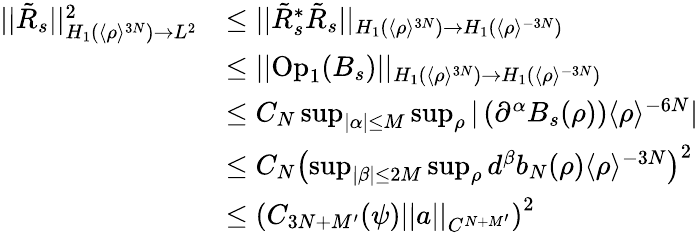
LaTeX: \begin{array}{rl}{||\tilde{R}_{s}||_{H_{1}(\langle\rho\rangle^{3N})\to L^{2}}^{2}}&{\leq||\tilde{R}_{s}^{*}\tilde{R}_{s}||_{H_{1}\left(\langle\rho\rangle^{3N}\right)\to H_{1}\left(\langle\rho\rangle^{-3N}\right)}}\\ &{\leq||\mathrm{Op}_{1}(B_{s})||_{H_{1}\left(\langle\rho\rangle^{3N}\right)\to H_{1}\left(\langle\rho\rangle^{-3N}\right)}}\\ &{\leq C_{N}\operatorname*{sup}_{|\alpha|\leq M}\operatorname*{sup}_{\rho}|\left(\partial^{\alpha}B_{s}(\rho)\right)\langle\rho\rangle^{-6N}|}\\ &{\leq C_{N}\left(\operatorname*{sup}_{|\beta|\leq 2M}\operatorname*{sup}_{\rho}d^{\beta}b_{N}(\rho)\langle\rho\rangle^{-3N}\right)^{2}}\\ &{\leq\left(C_{3N+M^{\prime}}(\psi)||a||_{C^{N+M^{\prime}}}\right)^{2}}\end{array}